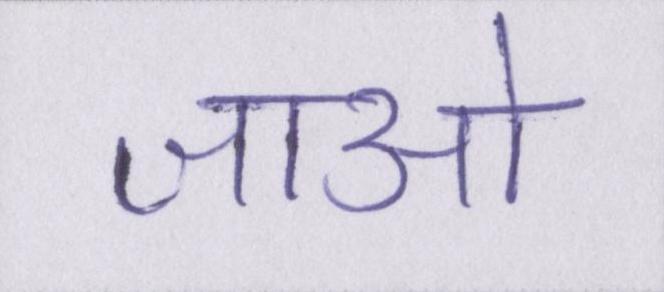
जाओ